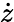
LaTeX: \dot{z}